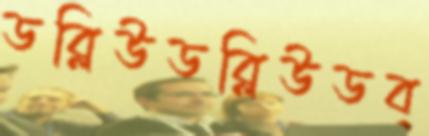
ডব্লিউডব্লিউডব্